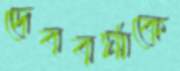
দেববর্মাকে